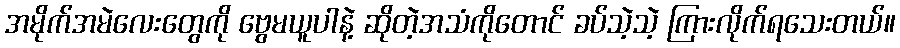
အမိုက်အမဲလေးတွေကို ဗွေမယူပါနဲ့ ဆိုတဲ့အသံကိုတောင် ခပ်သဲ့သဲ့ ကြားလိုက်ရသေးတယ်။